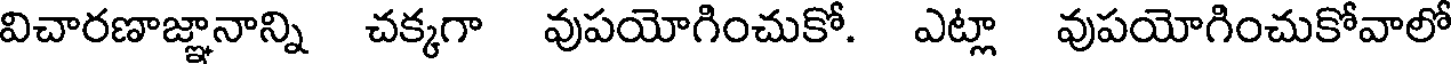
విచారణాజ్ఞానాన్ని చక్కగా వుపయోగించుకో. ఎట్లా వుపయోగించుకోవాలో